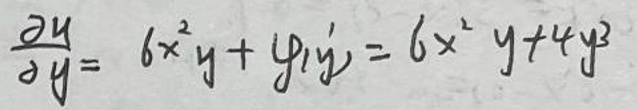
\[
\frac{\partial u}{\partial y}=6x^{2}y + \varphi_{1}(y)=6x^{2}y + 4y^{3}
\]